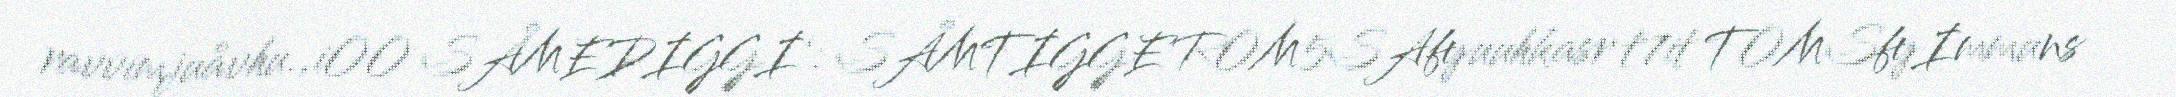
ravvimjuåvhu.,iOO SÅMEDIGGI‘: SÅMTIGGE ROM5SAfyuuhkasr t7it TOMSfyImmuns